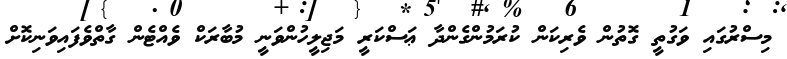
މިސްރުގައި ވަގުތީ ގޮތުން ވެރިކަން ކުރަމުންގެންދާ ޢަސްކަރީ މަޖިލީހުންވަނީ މުބާރަކް ވެއްޓެން ގާތްވެފައިވަނިކޮށް